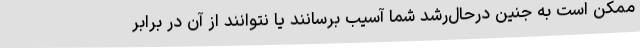
ممکن است به جنین درحال‌رشد شما آسیب برسانند یا نتوانند از آن در برابر